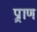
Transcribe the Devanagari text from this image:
प्र्राण